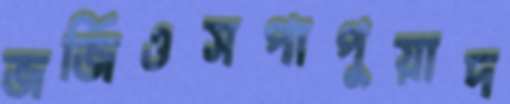
জর্জিওসপাপুয়াদ